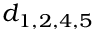
d _ { 1 , 2 , 4 , 5 }